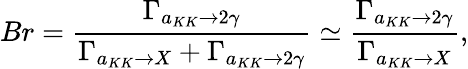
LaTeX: Br=\frac{\Gamma_{a_{KK}\rightarrow 2\gamma}}{\Gamma_{a_{KK}\rightarrow X}+\Gamma_{a_{KK}\rightarrow 2\gamma}}\simeq\frac{\Gamma_{a_{KK}\rightarrow 2\gamma}}{\Gamma_{a_{KK}\rightarrow X}},